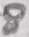
Text: 8